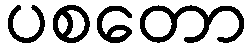
ပစတော